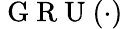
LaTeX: \mathrm{~G~R~U~}(\cdot)